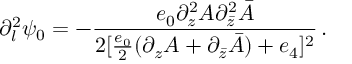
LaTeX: \partial _ { l } ^ { 2 } \psi _ { 0 } = - \frac { e _ { 0 } \partial _ { z } ^ { 2 } A \partial _ { \bar { z } } ^ { 2 } \bar { A } } { 2 [ \frac { e _ { 0 } } { 2 } ( \partial _ { z } A + \partial _ { \bar { z } } \bar { A } ) + e _ { 4 } ] ^ { 2 } } \, .